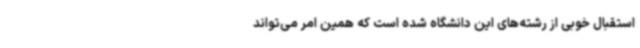
استقبال خوبی از رشته‌های این دانشگاه شده است که همین امر می‌تواند